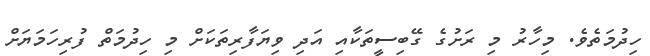
ހިދުމަތެވެ. މިހާރު މި ރަށުގެ ގޭބިސީތަކާއި އަދި ވިޔަފާރިތަކަށް މި ހިދުމަތް ފުރިހަމަޔަށް